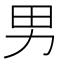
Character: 男